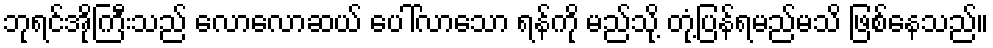
ဘုရင်အိုကြီးသည် လောလောဆယ် ပေါ်လာသော ရန်ကို မည်သို့ တုံ့ပြန်ရမည်မသိ ဖြစ်နေသည်။